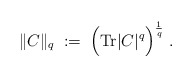
\begin{align*}\| C \|_q \; := \; \Big( \mbox{Tr} |C|^q \Big)^{\frac{1}{q}} \; .\end{align*}